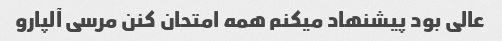
عالی بود پیشنهاد میکنم همه امتحان کنن مرسی آلپارو